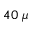
4 0 ~ \mu